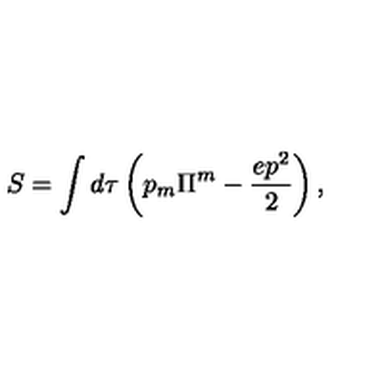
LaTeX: S = \int d \tau \left( p _ { m } \Pi ^ { m } - \frac { e p ^ { 2 } } { 2 } \right) ,